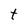
Character: t